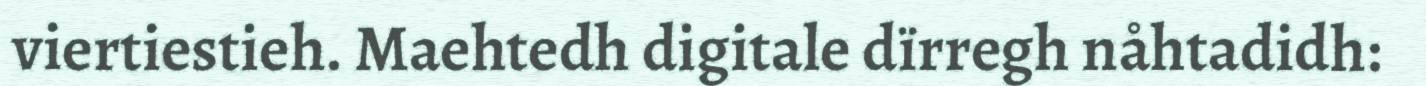
viertiestieh. Maehtedh digitale dïrregh nåhtadidh: